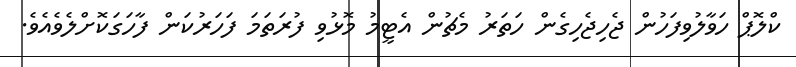
ކްލޮޕް ހަވާލުވިފަހުން ޖެހިޖެހިގެން ހަތަރު މެޗުން އެޓީމު މޮޅުވި ފުރަތަމަ ފަހަރުކަން ފާހަގަކޮށްލެވެއެވެ.